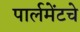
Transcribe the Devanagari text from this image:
पार्लमेंटचे